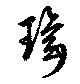
瑤